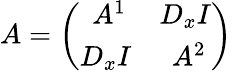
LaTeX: \begin{array}{r}{A=\left(\begin{array}{cc}{\ A^{1}}&{D_{x}I}\\ {D_{x}I}&{\ A^{2}}\end{array}\right)}\end{array}